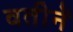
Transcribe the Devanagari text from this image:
वतीनें